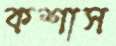
কশাস